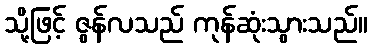
သို့ဖြင့် ဇွန်လသည် ကုန်ဆုံးသွားသည်။